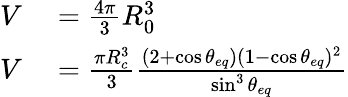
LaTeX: \begin{array}{rl}{V}&{{}=\frac{4\pi}{3}R_{0}^{3}}\\ {V}&{{}=\frac{\pi R_{c}^{3}}{3}\frac{(2+\cos\theta_{eq})(1-\cos\theta_{eq})^{2}}{\sin^{3}\theta_{eq}}}\end{array}